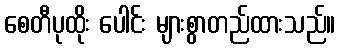
စေတီပုထိုး ပေါင်း များစွာတည်ထားသည်။